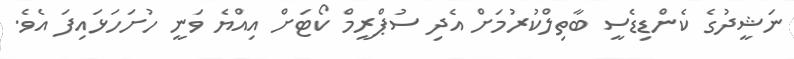
ނަޝީދުގެ ކެންޑިޑެސީ ބާތިލްކުރުމަށް އެދި ސުޕްރީމް ކޯޓަށް އިއްޔެ ވަނީ ހުށަހަޅައިފަ އެވެ.